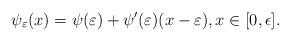
LaTeX: \begin{align*}\psi_\varepsilon(x) = \psi(\varepsilon) + \psi'(\varepsilon) (x - \varepsilon), x \in [0, \epsilon].\end{align*}